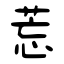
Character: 莣